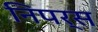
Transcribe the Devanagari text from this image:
निपर्स